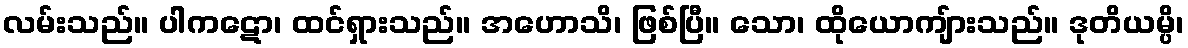
လမ်းသည်။ ပါကဋော၊ ထင်ရှားသည်။ အဟောသိ၊ ဖြစ်ပြီ။ သော၊ ထိုယောကျ်ားသည်။ ဒုတိယမ္ပိ၊